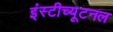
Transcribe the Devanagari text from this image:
इंस्टीच्यूटनल